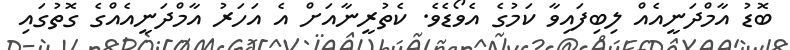
ބޮޑު އާމްދަނީއެއް ލިބިފައިވާ ކަމުގެ އެވޯޑެވެ. ކެތުރީނާއަށް އެ އަހަރު އާމްދަނީއެއްގެ ގޮތުގައި